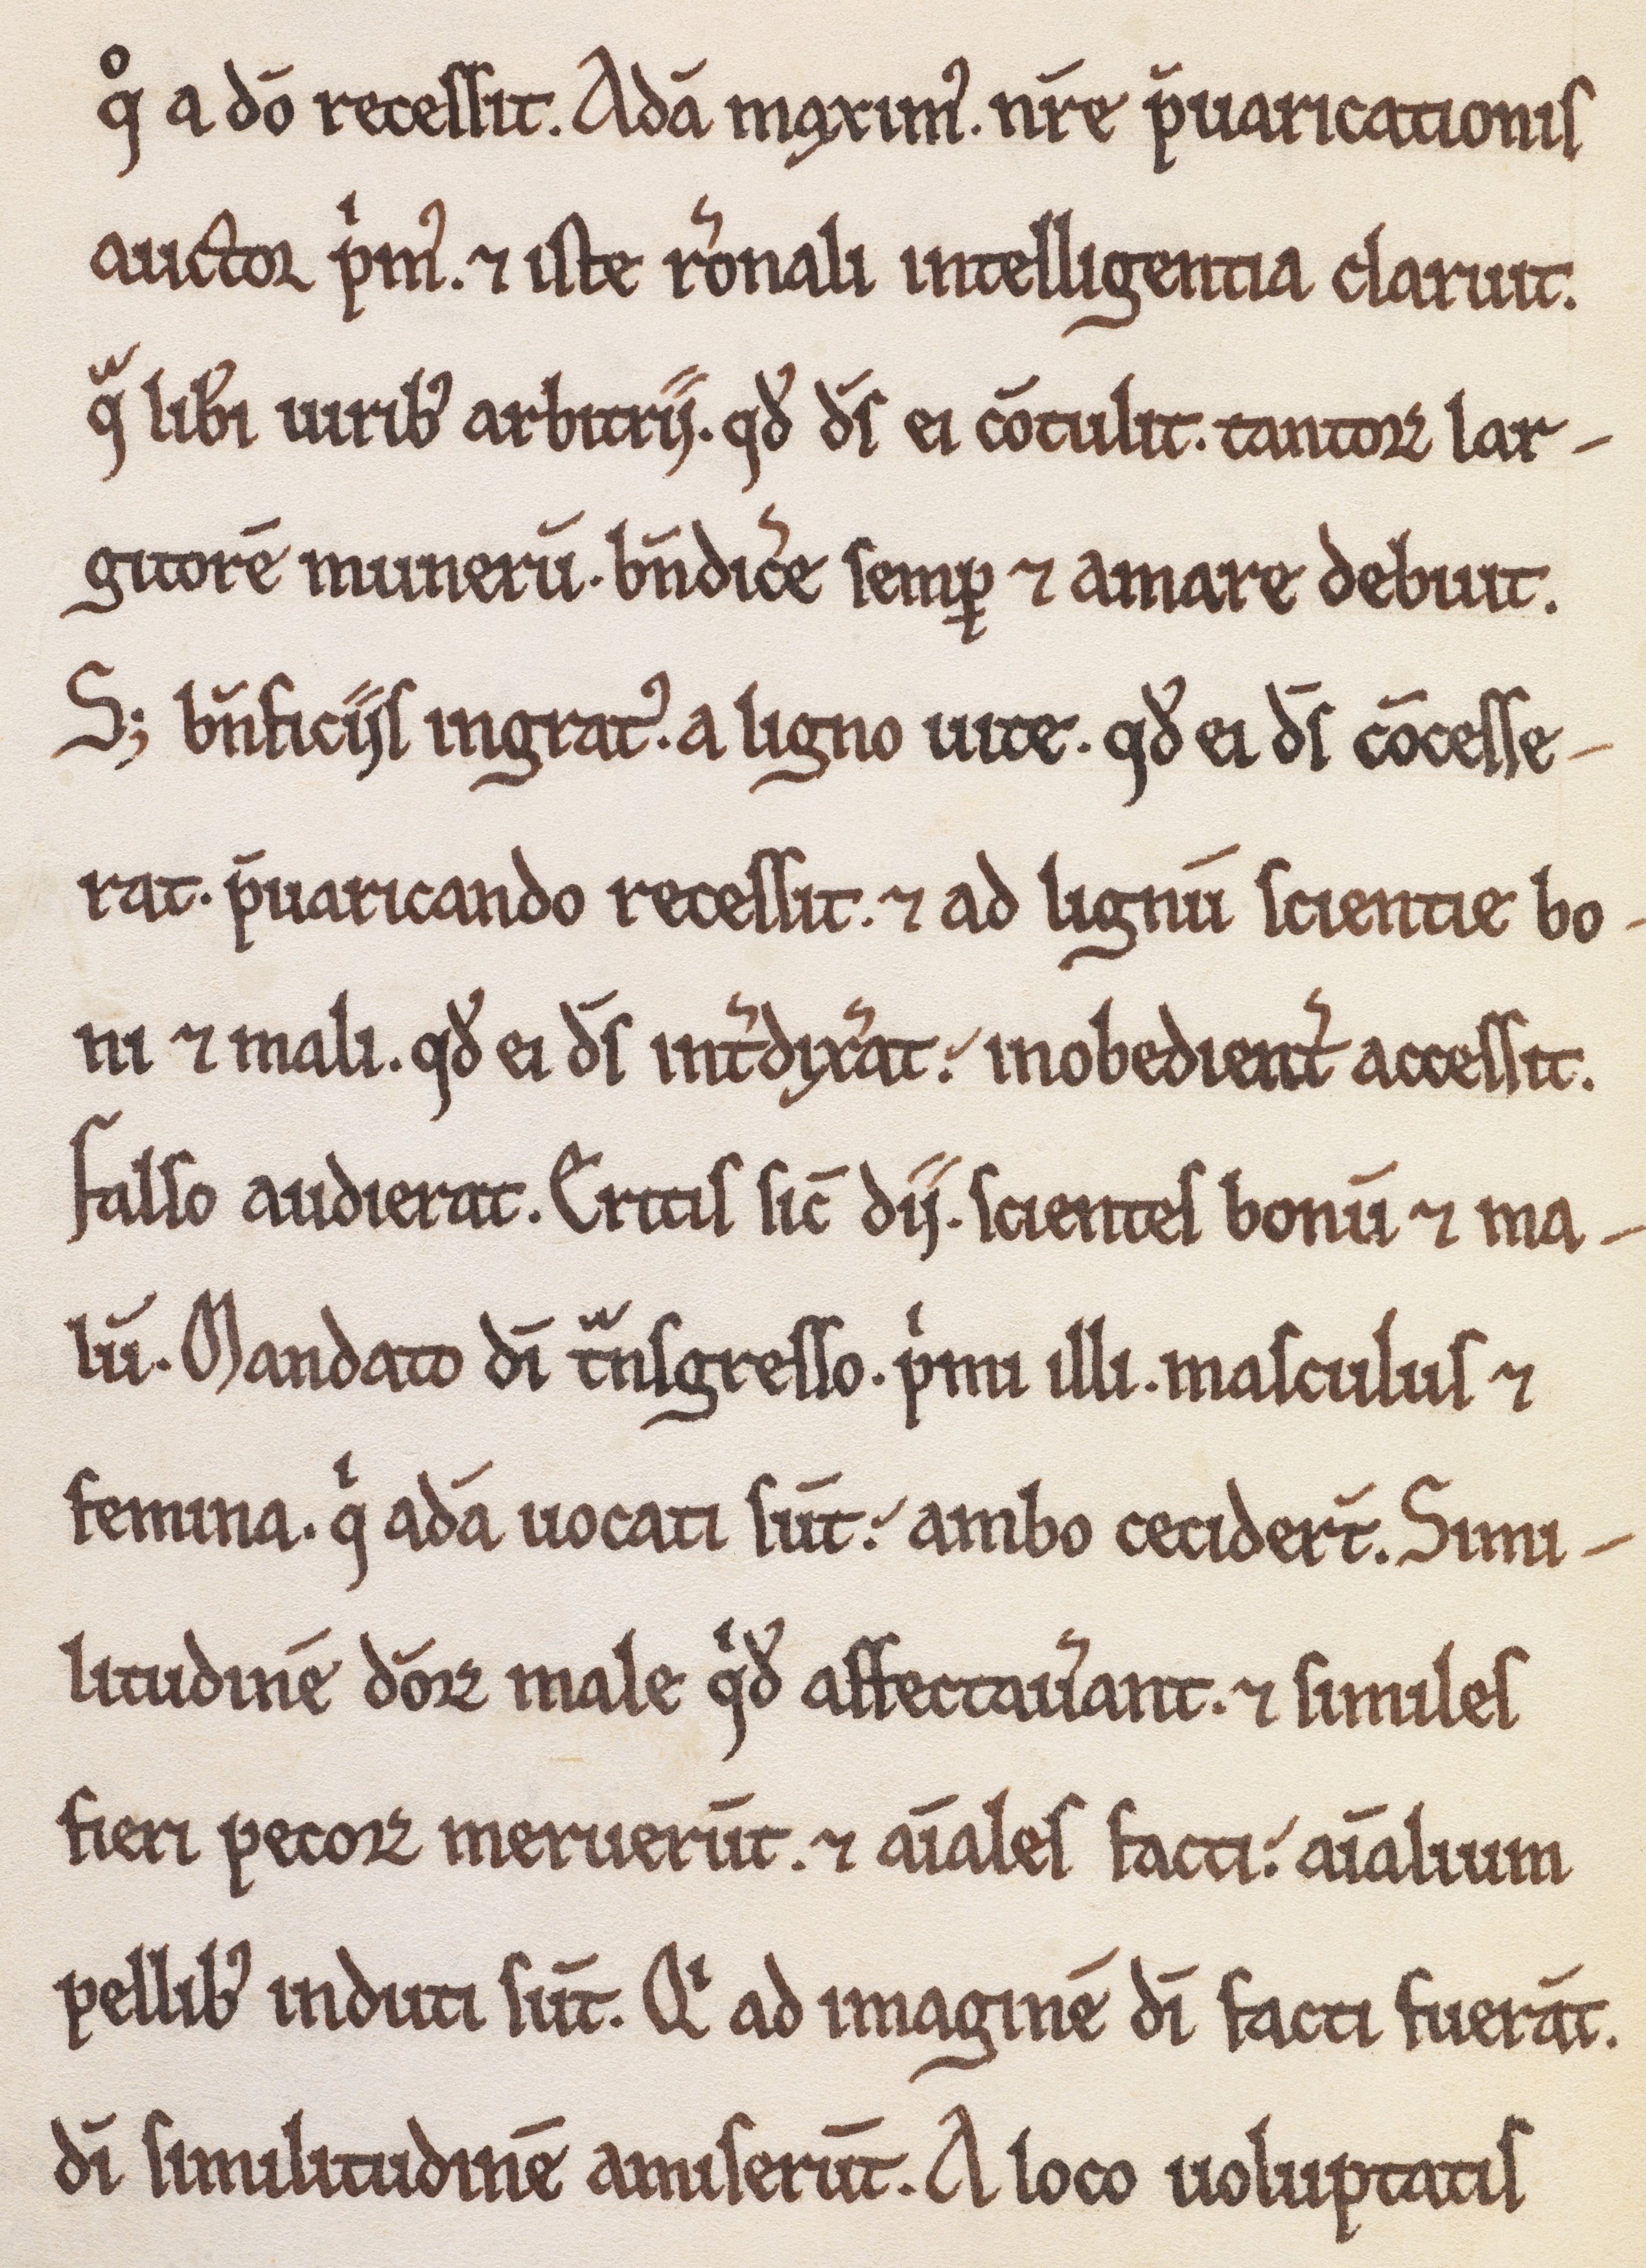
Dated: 1180–1199